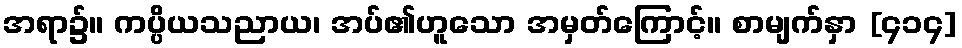
အရာ၌။ ကပ္ပိယသညာယ၊ အပ်၏ဟူသော အမှတ်ကြောင့်။ စာမျက်နှာ [၄၁၄]